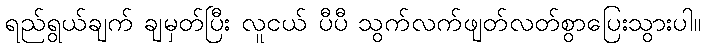
ရည်ရွယ်ချက် ချမှတ်ပြီး လူငယ် ပီပီ သွက်လက်ဖျတ်လတ်စွာပြေးသွားပါ။